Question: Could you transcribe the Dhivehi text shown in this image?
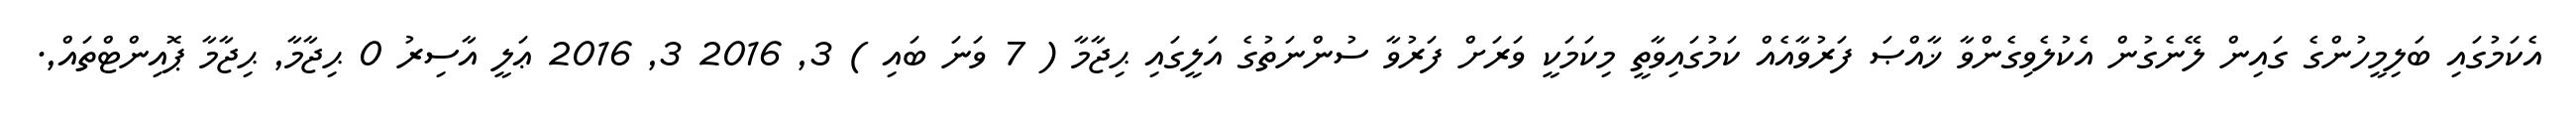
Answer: އެކަމުގައި ބަލިމީހުންގެ ގައިން ލޭނެގުން އެކުލެވިގެންވާ ޚާއްޞަ ފަރުވާއެއް ކަމުގައިވާތީ މިކަމަކީ ވަރަށް ފަރުވާ ސުންނަތުގެ އަލީގައި ޙިޖާމާ ( 7 ވަނަ ބައި ) 3, 2016 3, 2016 ޢަލީ އާސިރު 0 ޙިޖާމާ, ޙިޖާމާ ޕޮއިންޓްތައް,.